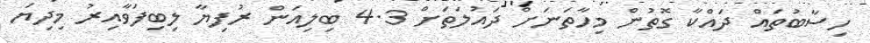
ހިސާބުތައް ދައްކާ ގޮތުން މިހާތަނަށް ދައުލަތަށް 4.3 ބިލިއަން ރުފިޔާ ލިބިފަވާއިރު މިދިޔަ